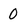
Character: 0